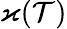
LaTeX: \varkappa(\mathcal{T})